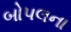
બોપલના